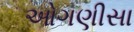
ઓગણીસા